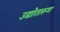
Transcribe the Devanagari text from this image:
उद्योतारूण